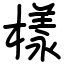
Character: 樣